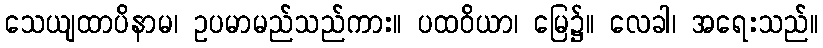
သေယျထာပိနာမ၊ ဥပမာမည်သည်ကား။ ပထဝိယာ၊ မြေ၌။ လေခါ၊ အရေးသည်။